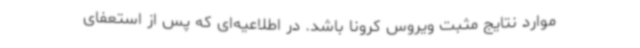
موارد نتایج مثبت ویروس کرونا باشد. در اطلاعیه‌ای که پس از استعفای